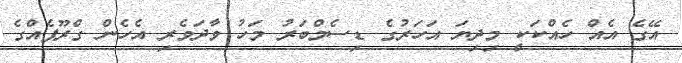
އޭގެ އެއް ހެއްކަކީ މިދިޔަ އަހަރުގެ ޑިސެމްބަރު މަހު ވާދަވެރި އެހެން ގްރޫޕެއްގެ